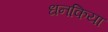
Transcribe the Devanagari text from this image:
धनकिया